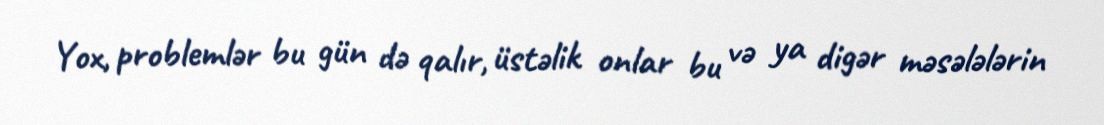
Yox, problemlər bu gün də qalır, üstəlik onlar bu və ya digər məsələlərin